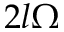
2 l \Omega